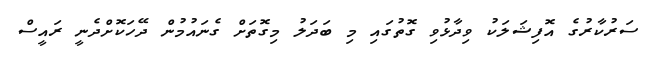
ސަރުކާރުގެ އޮފިޝަލަކު ވިދާޅުވި ގޮތުގައި މި ބަދަލު މިގޮތަށް ގެނައުމުން ދޭހަކޮށްދެނީ ރައީސް